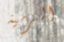
الرمية